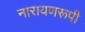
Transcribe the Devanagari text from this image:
नारायणरूपी